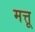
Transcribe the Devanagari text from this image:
मत्तू